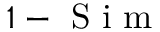
1 - \mathrm { ~ S ~ i ~ m ~ }